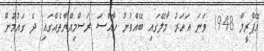
އޭޕްރީލް 1948 ވަނަ އަހަރު މާލޭގައި ބޭއްވުނު ހާއްސަ ރަސްމިއްޔާތެއްގައި ދެ ގައުމުން